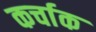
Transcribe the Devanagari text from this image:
कर्चाक